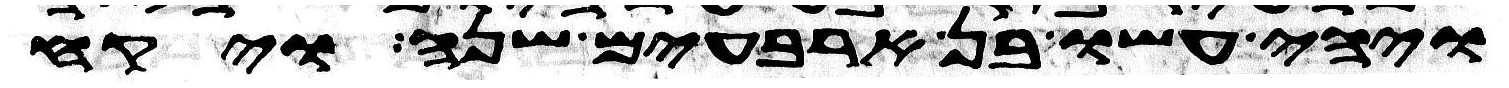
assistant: ויהי עשו בן ארבעים שנה ויקח